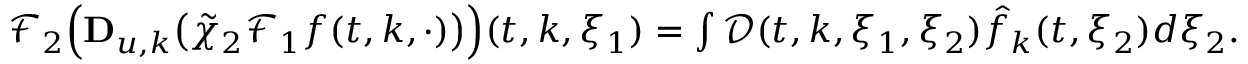
\begin{array} { r } { \mathcal { F } _ { 2 } \Big ( \mathbf { D } _ { u , k } \big ( \tilde { \chi } _ { 2 } \mathcal { F } _ { 1 } f ( t , k , \cdot ) \big ) \Big ) ( t , k , \xi _ { 1 } ) = \int \mathcal { D } ( t , k , \xi _ { 1 } , \xi _ { 2 } ) \hat { f } _ { k } ( t , \xi _ { 2 } ) d \xi _ { 2 } . } \end{array}